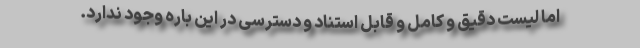
اما لیست دقیق و کامل و قابل استناد و دسترسی در این باره وجود ندارد.